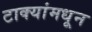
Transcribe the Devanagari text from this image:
टाक्यांमधून